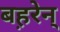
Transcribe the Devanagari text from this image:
बह़रेन्